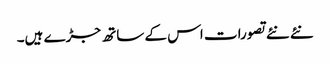
نئے نئے تصورات اس کے ساتھ جڑے ہیں۔